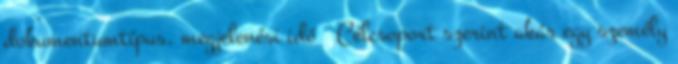
dokumentumtípus, megjelenési idő  Célcsoport szerint akár egy személy